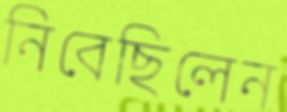
নিবেছিলেন